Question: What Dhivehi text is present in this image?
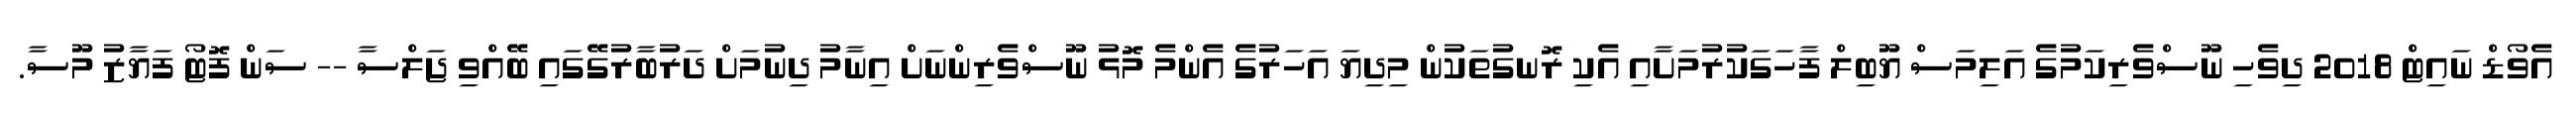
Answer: އެވޯޑް ނައިޓް 2018 ދިވެހި ނޫސްވެރިކަމުގެ އަލިމަސް ޔޫބިލް ފާހަގަކުރުމަށާއި އެކި ރޮނގުތަކުން މިދިޔަ އަހަރުގެ އެންމެ މޮޅު ނޫސްވެރިންނަށް އިނާމު ދިނުމަށް ދަރުބާރުގޭގައި ބޭއްވި ޖަލްސާ -- ސަން ފޮޓޯ ފަޔާޒު މޫސާ.